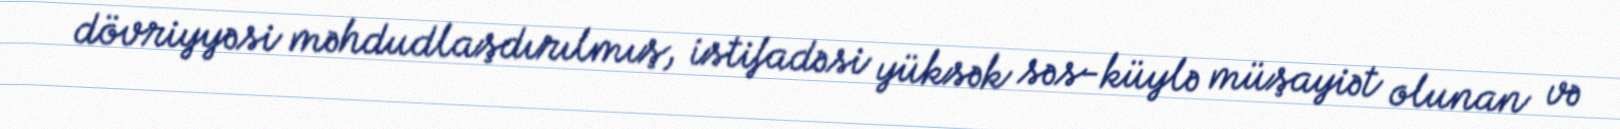
dövriyyəsi məhdudlaşdırılmış, istifadəsi yüksək səs-küylə müşayiət olunan və